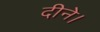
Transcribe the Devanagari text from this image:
दीने।